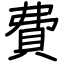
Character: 費